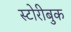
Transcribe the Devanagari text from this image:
स्टोरीबुक